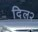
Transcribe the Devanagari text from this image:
दिल२